Lunatic asylums Bombay report 1891-1903 - 1891-1903
Year: 1891
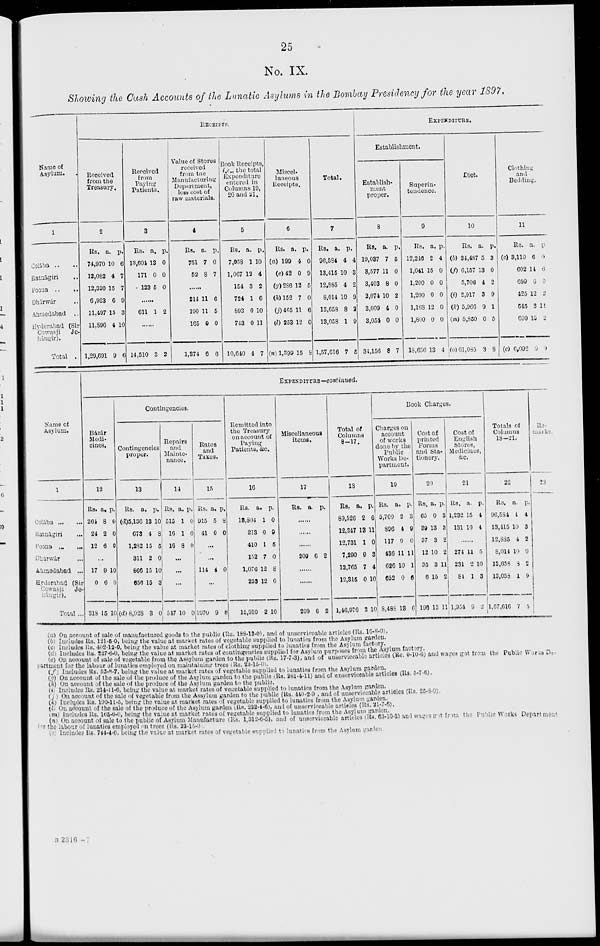
25
No. IX.
Showing the Cash Accounts of the Lunatic Asylums in the Bombay Presidency for the year 1897.
Name of
Asylum.
1
Colába .. ..
Ratnágiri ..
Poona .. ..
Dhárwár ..
Anmedabad ..
Hyderabad (Sir
Cowasji
Je-
hángir). ..
Total .
RECEIPTS.
Received
from the
Treasury.
2
Rs.
74,970
12,082
12,320
6,923
11,497
11,896
1,29,691
a.
10
4
15
6
15
4
9
p.
6
7
7
9
3
10
6
Received
from
Paying
Patients.
3
Rs.
13,604
171
123
a.
13
0
5
p.
0
0
0
......
611 1 2
......
14,510
3
2
Value of Stores
received
from the
Manufacturing
Department,
less cost of
raw materials.
4
Rs.
751
52
a.
7
8
p.
0
7
......
214
190
165
1,374
11
11
0
6
6
5
0
6
Book Receipts,
i.e., the total
Expenditure
entered in
Columns 19,
20 and 21.
5
Rs.
7,058
1,067
154
724
893
743
10,640
a.
1
12
3
1
0
0
4
p.
10
4
2
6
10
11
7
Miscel-
laneous
Receipts.
6
Rs.
(a) 199
(e) 42
(g) 286
(h) 152
(j) 465
(l) 253
(n) 1,399
a.
4
0
12
7
11
12
15
p.
0
9
5
0
6
0
8
Total.
7
Rs.
96,584
13,415
12,885
8,014
13,658
13,058
1,57,616
a.
4
10
4
10
8
1
7
p.
4
3
2
9
2
9
5
EXPENDITURE.
Establishment.
Establish-
ment
proper.
8
Rs.
19,037
3,577
3,403
2,074
3,009
3,054
34,156
a.
7
11
8
10
4
0
8
p.
5
0
0
2
0
0
7
Superin-
tendence.
9
Rs.
12,246
1,041
1,200
1,200
1,168
1,800
18,656
a.
2
15
0
0
12
0
13
p.
4
0
0
0
0
0
4
Diet.
10
Rs.
(b) 34,487
(f) 6,157
5,706
(i) 2,917
(k) 5,966
(m) 5,850
(o) 61,085
a.
5
13
4
3
9
0
3
p.
3
0
2
9
1
5
8
Clothing
and
Bedding.
11
Rs.
(c) 3,119
602
699
425
545
699
(c) 6,092
a.
6
14
6
12
3
15
0
p.
0
6
0
2
11
2
9
Name of
Asylum.
1
Colába ... ...
Ratnágiri ... ...
Poona ... ...
Dhárwár ...
Ahmedabad ...
Hyderabad (Sir
Cowasji
Je-
hángir).
Total ...
EXPENDITURE—continued.
Bázár
Medi-
cines.
12
Rs.
264
24
12
a.
8
2
6
p.
0
0
0
...
17
0
318
9
6
15
10
0
10
Contingencies.
Contingencies
proper.
13
Rs.
(d)5,136
673
1,282
311
866
656
(d) 8,928
a.
13
4
15
2
15
15
3
p.
10
8
5
0
10
3
0
Repairs
and
Mainte-
nance.
14
Rs.
515
16
16
a.
1
1
8
p.
0
0
0
...
...
...
547 10 0
Rates
and
Taxes.
15
Rs.
915
41
a.
5
0
p.
8
0
...
...
114 4 0
...
1070 9 8
Remitted into
the Treasury
on account of
Paying
Patients, &c.
16
Rs.
18,804
213
410
152
1,076
233
15,910
a.
1
0
1
7
12
12
2
p.
0
9
5
0
8
0
10
Miscellaneous
items.
17
Rs.
a.
p.
......
......
......
209 6 2
......
......
209 6 2
Total of
Columns
8-17.
18
Rs.
89,526
12,347
12,731
7,290
12,765
12,315
1,46,976
a.
2
13
1
9
7
0
2
p.
6
11
0
8
4
10
10
Book Charges.
Charges on
account
of works
done by the
Public
Works De-
partment.
19
Rs.
5,760
896
117
436
626
652
8,488
a.
2
4
0
11
10
0
18
p.
3
9
0
11
1
6
6
Cost of
printed
Forms
and Sta-
tionery.
20
Rs.
65
39
37
12
35
6
196
a.
0
13
3
10
3
15
13
p.
3
3
2
2
11
2
11
Cost of
English
Stores,
Medicines,
&c.
21
Rs.
1,232
131
a.
15
10
p.
4
4
......
274
231
84
1,954
11
2
1
9
5
10
3
2
Totals of
Columns
18-21.
22
Rs.
96,584
13,415
12,885
8,014
13,658
13,058
1,57,616
a.
4
10
4
10
8
1
7
p.
4
3
2
0
2
9
5
Re-
marks.
23
(a) On account of sale of manufactured goods to the public (Rs. 188-12-0), and of unserviceable articles (Rs. 10-8-0).
(b) Includes Rs. 121-5-0, being the value at market rates of vegetable supplied to lunatics from the Asylum garden.
(c) Includes Rs. 402-12-0, being the value at market rates of clothing supplied to lunatics from the Asylum factory.
(d) Includes Rs. 227-6-0, being the value at market rates of contingencies supplied for Asylum purposes from the Asylum factory.
(e) On account of sale of vegetable from the Assylum garden to the public (Rs. 17-7-3), and of unserviceable articles (Rs. 0-10-6) and wages got from the Public Works De-
partment for the labour of lunatics employed on maintaining trees (Rs. 23-15-0).
(f) Includes Rs. 52-8-7, being the value at market rates of vegetable supplied to lunatics from the Asylum
garden.
(g) On account of the sale of the produce of the Asylum garden to the public (Rs. 281-4-11) and of unserviceable articles (Rs. 5-7-6).
(h) On account of the sale of the produce of the Asylum garden to the public.
(i) Includes Rs. 214-11-6, being the value at market rates of vegetable supplied to lunatics from the Asylum garden.
(j) On account of the sale of vegetable from the Assylum garden to the public (Rs. 440-2-9) and of unserviceable articles (Rs. 25-8-9).
(k) Includes Rs. 190-11-5, being the value at market rates of vegetable supplied to lunatics from the Asylum garden.
(l) On account of the sale of the produce of the Asylum garden (Rs. 232-4-6), and of unserviceable articles (Rs. 21-7-6).
(m) Includes Rs. 165-0-0, being the value at market rates of vegetable supplied to lunatics from the Asylum garden.
(n) On account of sale to the public of Asylum Manufacture (Rs. 1,312-6-5), and of unserviceable articles (Rs. 63-10-3) and wages got from the Public Works Department
for the labour of lunatics employed on trees (Rs. 23-45-0).
(o) Includes Rs. 744-4-6, being the value at market rates of vegetable supplied to lunatics from the Asylum garden.
B 2316—